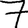
Digit: 7